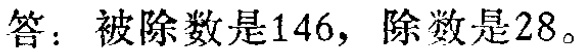
答：被除数是146，除数是28。